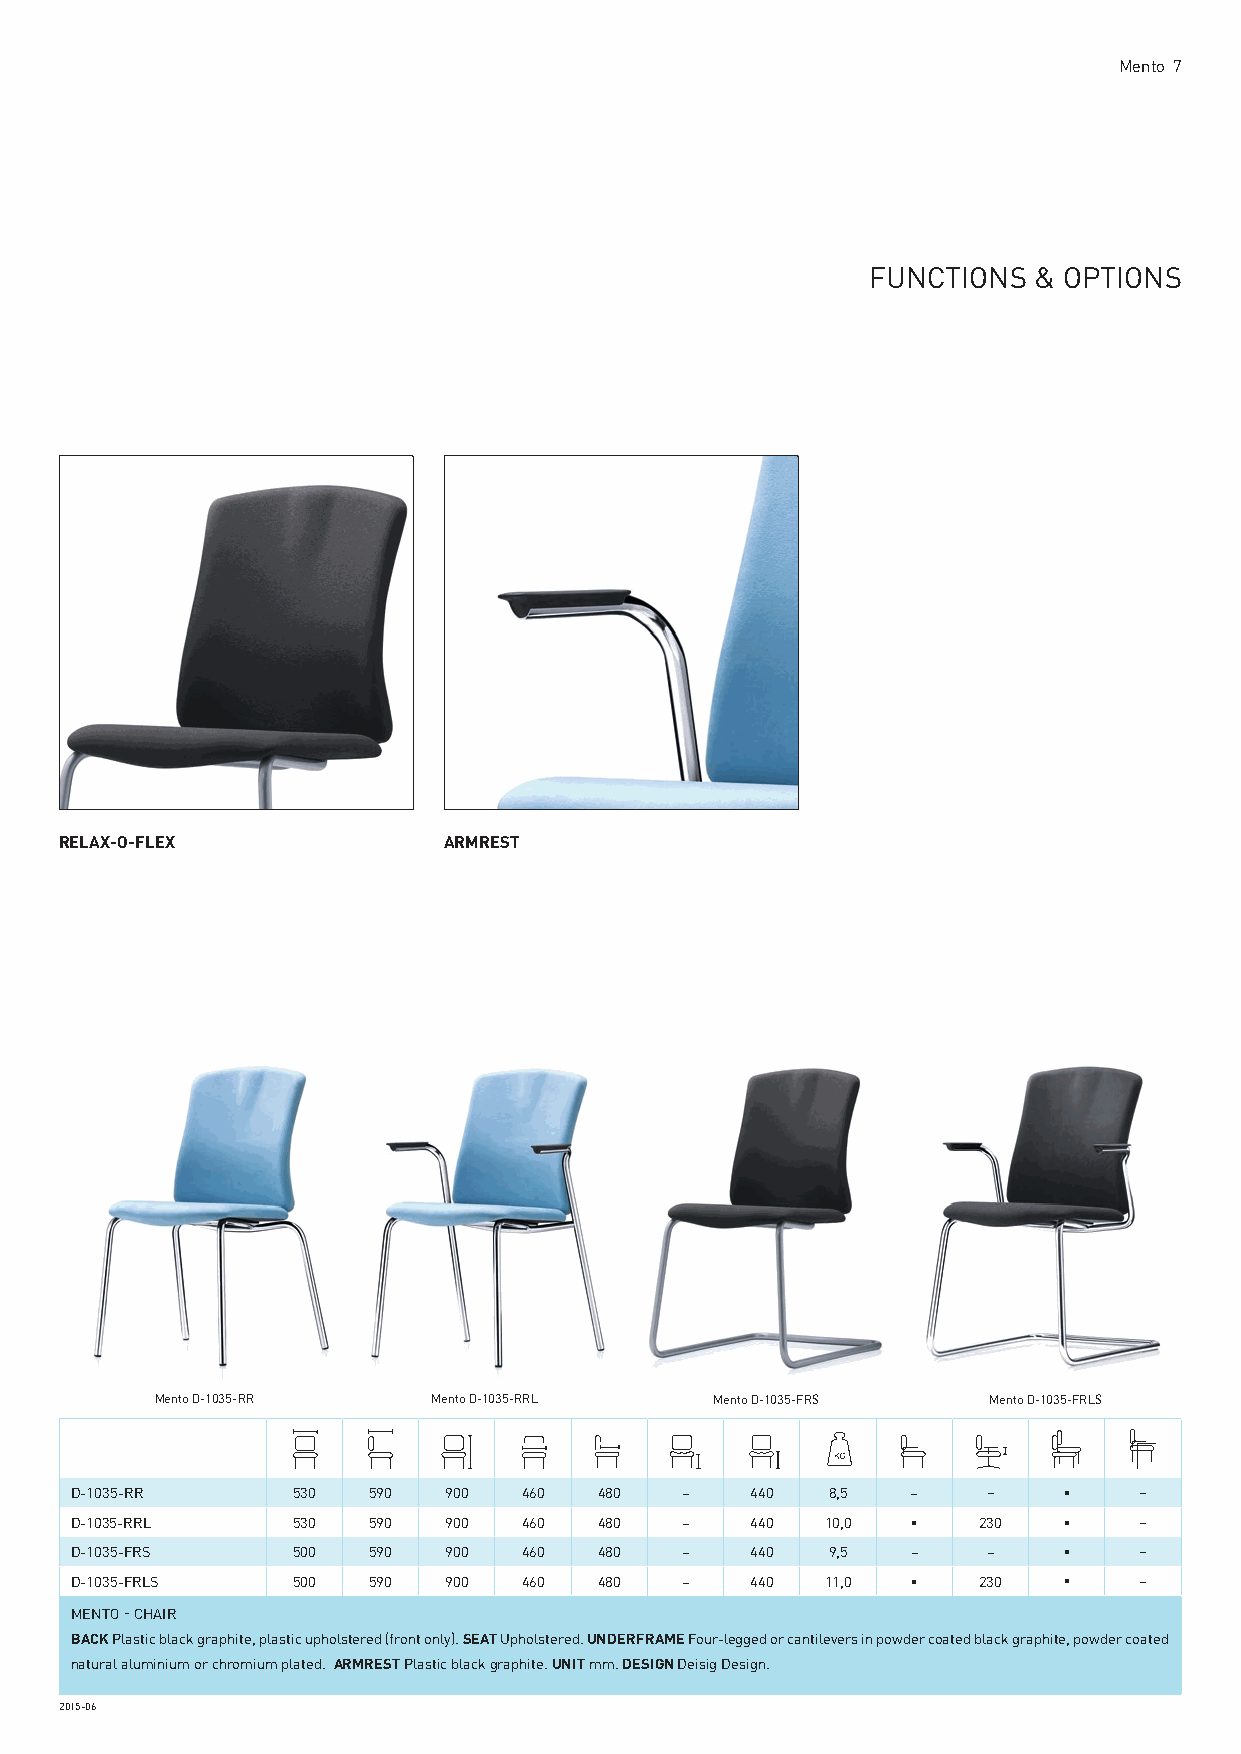
Mento 7
 FUNCTIONS  & OPTIONS
 RELAX-O-FLEX             ARMREST
 Mento D-1035-RR    Mento D-1035-RRL  Mento D-1035-FRS  Mento D-1035-FRLS
 D-1035-RR     530  590  900   460  480  –    440  8,5  –    –    •    –
 D-1035-RRL    530  590  900   460  480  –    440  10,0 •    230  •    –
 D-1035-FRS    500  590  900   460  480  –    440  9,5  –    –    •    –
 D-1035-FRLS   500  590  900   460  480  –    440  11,0 •    230  •    –
 MENTO - CHAIR
 BACK Plastic black graphite, plastic upholstered (front only). SEAT Upholstered. UNDERFRAME Four-legged or cantilevers in powder coated black graphite, powder coated
 natural aluminium or chromium plated. ARMREST Plastic black graphite. UNIT mm. DESIGN Deisig Design.
 2015-06